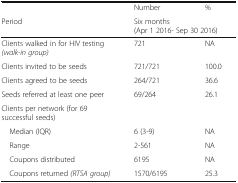
<table><thead><tr><td></td><td><b>Number</b></td><td><b>%</b></td></tr><tr><td><b>Period</b></td><td colspan="2"><b>Six months(Apr 1 2016- Sep 30 2016)</b></td></tr></thead><tbody><tr><td>Clients walked in for HIV testing <i>(walk-in group)</i></td><td>721</td><td>NA</td></tr><tr><td>Clients invited to be seeds</td><td>721/721</td><td>100.0</td></tr><tr><td>Clients agreed to be seeds</td><td>264/721</td><td>36.6</td></tr><tr><td>Seeds referred at least one peer</td><td>69/264</td><td>26.1</td></tr><tr><td colspan="3">Clients per network (for 69 successful seeds)</td></tr><tr><td> Median (IQR)</td><td>6 (3-9)</td><td>NA</td></tr><tr><td> Range</td><td>2-561</td><td>NA</td></tr><tr><td> Coupons distributed</td><td>6195</td><td>NA</td></tr><tr><td> Coupons returned <i>(RTSA group)</i></td><td>1570/6195</td><td>25.3</td></tr></tbody></table>